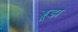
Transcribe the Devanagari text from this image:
ड्रूझ